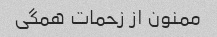
ممنون از زحمات همگی